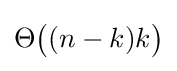
\Theta {\bigl (}(n-k)k{\bigr )}